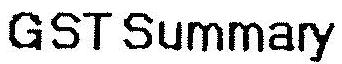
GST SUMMARY